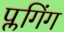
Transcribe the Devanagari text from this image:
प्लगिंग